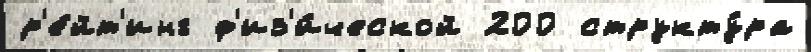
р'е́йт'инг ф'из'и́ческой 200 структу́ра